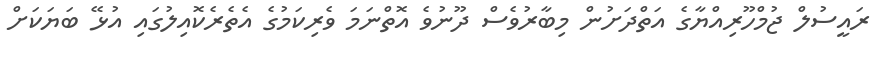
ރައީސުލް ޖުމްހޫރިއްޔާގެ އަތްދަށުން މިބާރުވެސް ދޫނުވެ އޮތްނަމަ ވެރިކަމުގެ އެތެރެކޮއިލުގައި އުޅޭ ބަޔަކަށް